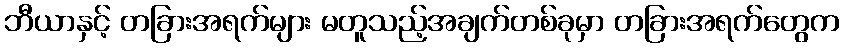
ဘီယာနှင့် တခြားအရက်များ မတူသည့်အချက်တစ်ခုမှာ တခြားအရက်တွေက